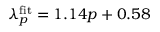
\lambda _ { p } ^ { \mathrm { f i t } } = 1 . 1 4 p + 0 . 5 8